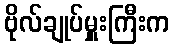
ဗိုလ်ချုပ်မှူးကြီးက